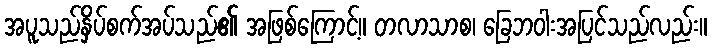
အပူသည်နှိပ်စက်အပ်သည်၏ အဖြစ်ကြောင့်။ တလာသာစ၊ ခြေဘဝါးအပြင်သည်လည်း။